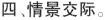
四 情景交际.。